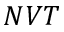
N V T